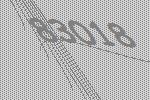
83018